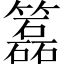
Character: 𥶲